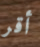
أقر